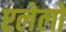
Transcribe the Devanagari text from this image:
एलेलो